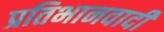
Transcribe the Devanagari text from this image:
प्रतिभानवादी